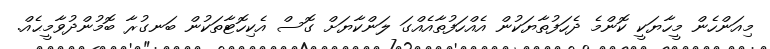
މިއަންހެން މީހާޔަކީ ކޮންމެ ދެހަފުތާޔަކުން އެއްހަފުތާއެއްގަ ލަންކާޔަށް ގޮސް އެކިހޮޓާތަކުން ބަނގުރާ ބޮމުންދުވާމީޙެއް.